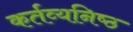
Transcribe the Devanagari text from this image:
कर्तव्‍यनिष्‍ठ